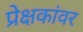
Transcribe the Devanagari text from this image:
प्रेक्षकांवर